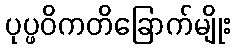
ပုပ္ဖဝိကတိခြောက်မျိုး